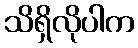
သိရှိလိုပါက